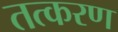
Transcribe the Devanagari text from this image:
तत्करण